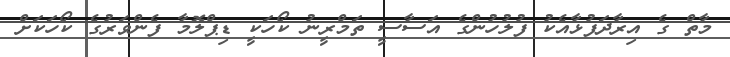
މާތް ގެ އިރާދަފުޅާއެކު ފުލުހުންގެ އަސާސީ ތަމްރީނު ކޯހަކީ ޑިޕްލޮމާ ފެންވަރުގެ ކޯހަކަށް